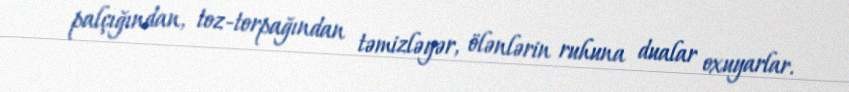
palçığından, toz-torpağından təmizləyər, ölənlərin ruhuna dualar oxuyarlar.